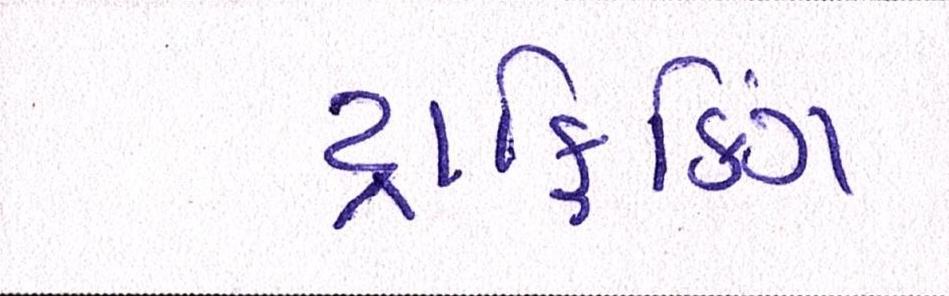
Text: ટ્રાફિકિંગ